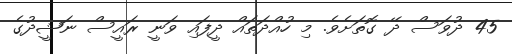
45 ދުވަސް ދޭ ގޮތަށެވެ. މި ހުއްދަތައް ދީފައި ވަނީ ރައީސް ނަޝީދުގެ